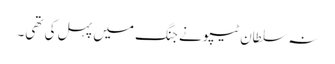
نہ سلطان ٹیپو نے جنگ میں پہل کی تھی۔